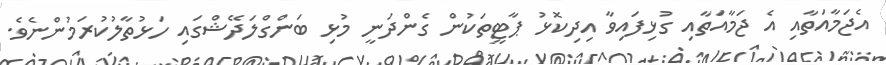
އެޖަމާއަތާއި އެ ޖަމާއަތާއި ގުޅިފައިވާ އިދިކޮޅު ޕާޓީތަކުން ގެންދަނީ މުޅި ބަންގްލަދޭޝްގައި ހަޅުތާލުކުރަމުންނެވެ.